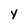
Character: Y